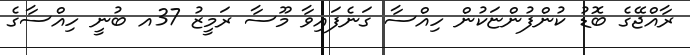
ރާއްޖޭގެ ބޮޑު ކުންފުންޏަކުން ހިއްސާ ގަނެފައިވާ މޫސާ ރަމީޒު 37އ ބުނީ ހިއްސާގެ